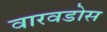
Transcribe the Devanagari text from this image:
वारवडोस